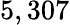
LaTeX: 5,307